Lunatic asylums United Provinces 1909-1921 - 1909-1921
Year: 1909
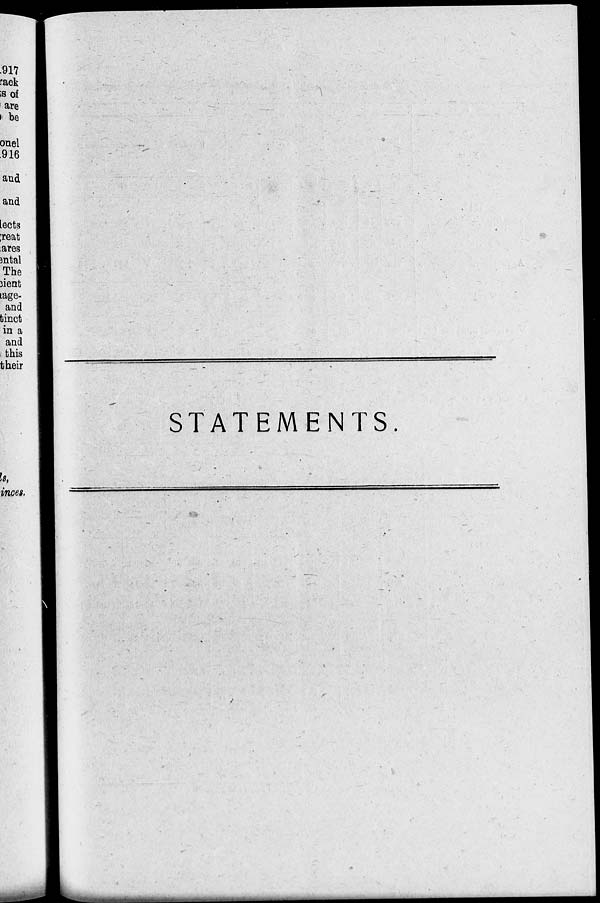
STATEMENTS.